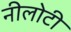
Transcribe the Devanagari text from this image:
नीलोटी